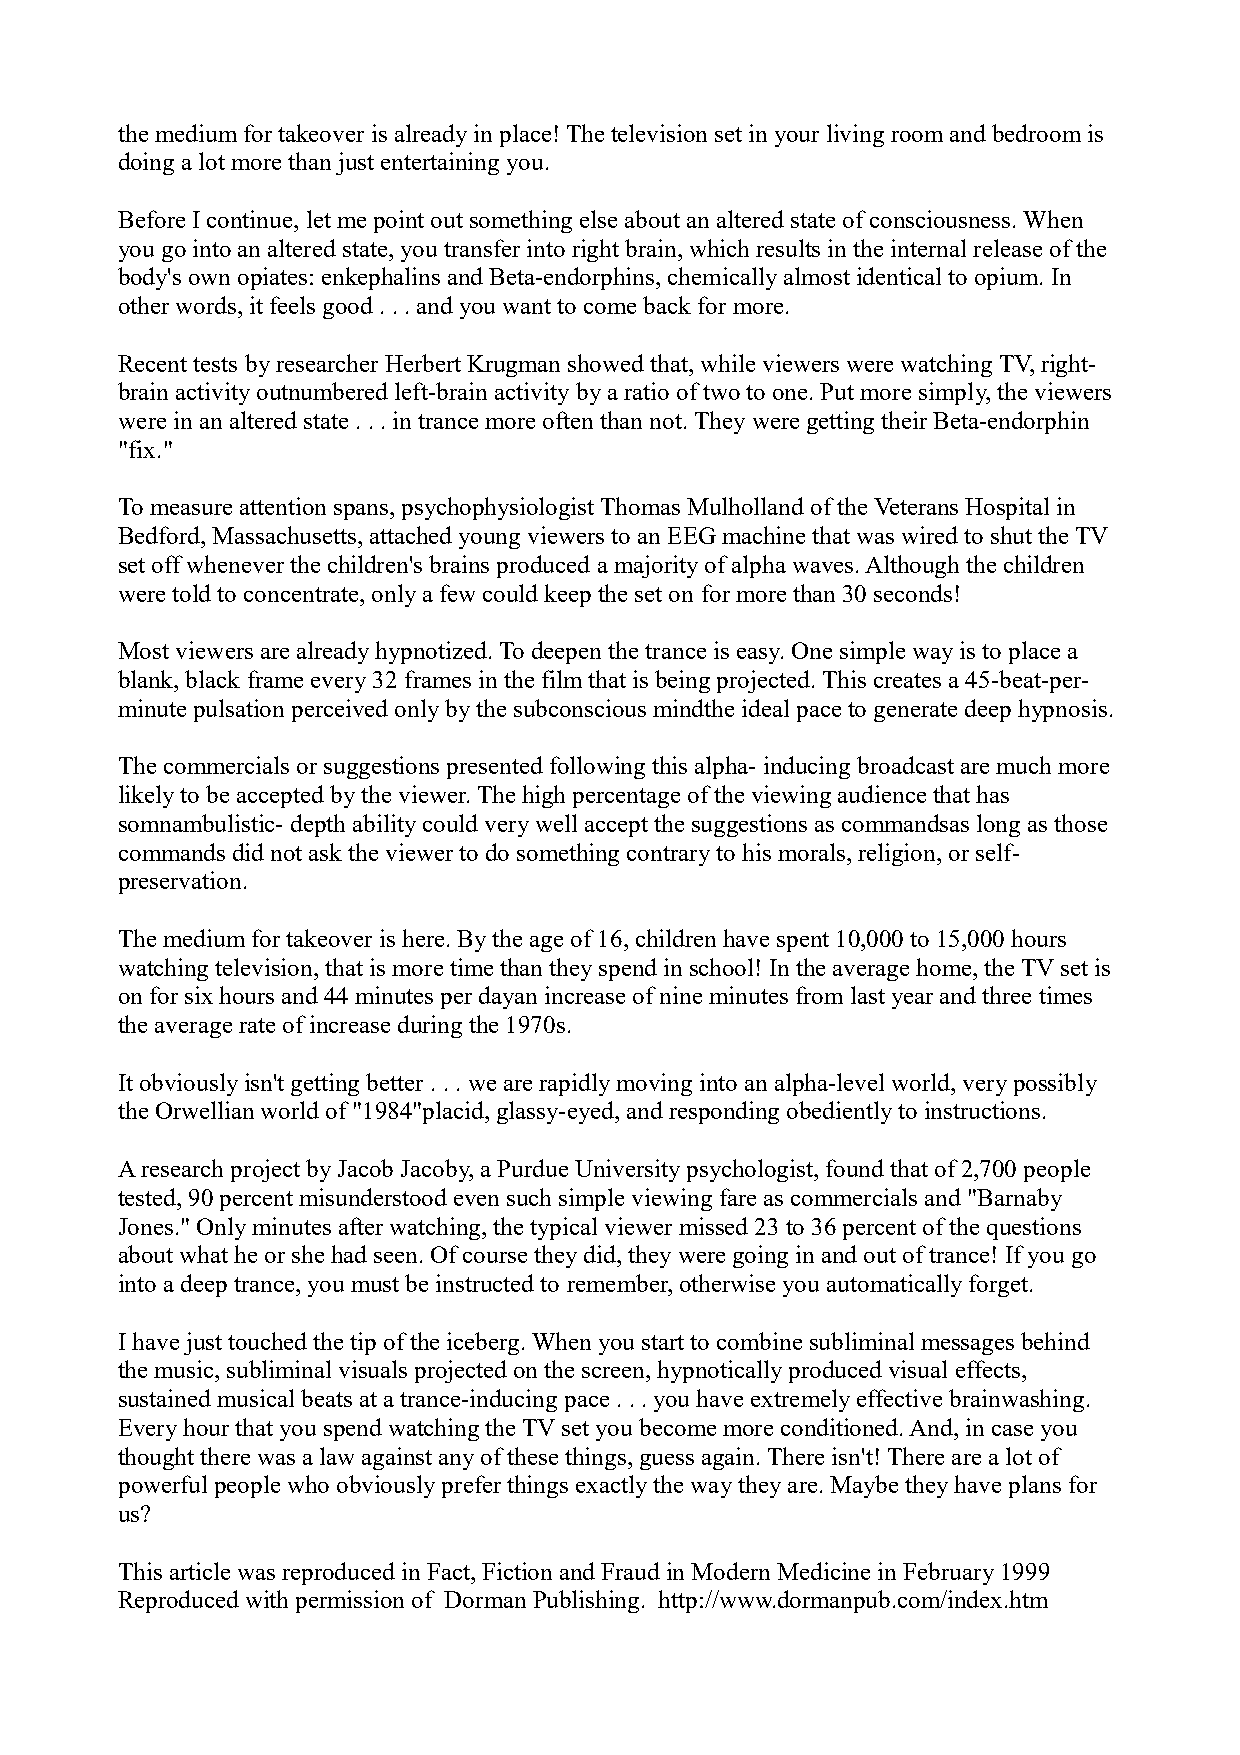
the medium for takeover is already in place! The television set in your living room and bedroom is
 doing a lot more than just entertaining you.
 Before I continue, let me point out something else about an altered state of consciousness. When
 you go into an altered state, you transfer into right brain, which results in the internal release of the
 body's own opiates: enkephalins and Beta-endorphins, chemically almost identical to opium. In
 other words, it feels good . . . and you want to come back for more.
 Recent tests by researcher Herbert Krugman showed that, while viewers were watching TV, right-
 brain activity outnumbered left-brain activity by a ratio of two to one. Put more simply, the viewers
 were in an altered state . . . in trance more often than not. They were getting their Beta-endorphin
 "fix."
 To measure attention spans, psychophysiologist Thomas Mulholland of the Veterans Hospital in
 Bedford, Massachusetts, attached young viewers to an EEG machine that was wired to shut the TV
 set off whenever the children's brains produced a majority of alpha waves. Although the children
 were told to concentrate, only a few could keep the set on for more than 30 seconds!
 Most viewers are already hypnotized. To deepen the trance is easy. One simple way is to place a
 blank, black frame every 32 frames in the film that is being projected. This creates a 45-beat-per-
 minute pulsation perceived only by the subconscious mindthe ideal pace to generate deep hypnosis.
 The commercials or suggestions presented following this alpha- inducing broadcast are much more
 likely to be accepted by the viewer. The high percentage of the viewing audience that has
 somnambulistic- depth ability could very well accept the suggestions as commandsas long as those
 commands did not ask the viewer to do something contrary to his morals, religion, or self-
 preservation.
 The medium for takeover is here. By the age of 16, children have spent 10,000 to 15,000 hours
 watching television, that is more time than they spend in school! In the average home, the TV set is
 on for six hours and 44 minutes per dayan increase of nine minutes from last year and three times
 the average rate of increase during the 1970s.
 It obviously isn't getting better . . . we are rapidly moving into an alpha-level world, very possibly
 the Orwellian world of "1984"placid, glassy-eyed, and responding obediently to instructions.
 A research project by Jacob Jacoby, a Purdue University psychologist, found that of 2,700 people
 tested, 90 percent misunderstood even such simple viewing fare as commercials and "Barnaby
 Jones." Only minutes after watching, the typical viewer missed 23 to 36 percent of the questions
 about what he or she had seen. Of course they did, they were going in and out of trance! If you go
 into a deep trance, you must be instructed to remember, otherwise you automatically forget.
 I have just touched the tip of the iceberg. When you start to combine subliminal messages behind
 the music, subliminal visuals projected on the screen, hypnotically produced visual effects,
 sustained musical beats at a trance-inducing pace . . . you have extremely effective brainwashing.
 Every hour that you spend watching the TV set you become more conditioned. And, in case you
 thought there was a law against any of these things, guess again. There isn't! There are a lot of
 powerful people who obviously prefer things exactly the way they are. Maybe they have plans for
 us?
 This article was reproduced in Fact, Fiction and Fraud in Modern Medicine in February 1999
 Reproduced with permission of Dorman Publishing. http://www.dormanpub.com/index.htm